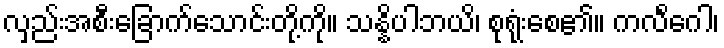
လှည်းအစီးခြောက်သောင်းတို့ကို။ သန္နိပါဘယိ၊ စုရုံးစေ၏။ ကလိင်္ဂေါ၊